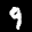
Label: 9